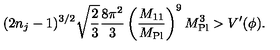
( 2 n _ { j } - 1 ) ^ { 3 / 2 } \sqrt { \frac { 2 } { 3 } } \frac { 8 \pi ^ { 2 } } { 3 } \left( \frac { M _ { 1 1 } } { M _ { \mathrm { P l } } } \right) ^ { 9 } M _ { \mathrm { P l } } ^ { 3 } > V ^ { \prime } ( \phi ) .